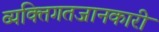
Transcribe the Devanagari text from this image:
व्यक्तिगतजानकारी